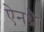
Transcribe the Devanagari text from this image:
ऐनथ्रै